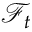
{ \mathcal { F } } _ { t }